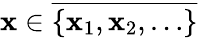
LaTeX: \mathbf{x}\in{\overline{{{\{ \mathbf{x}_{1},\mathbf{x}_{2},\ldots\} }}}}